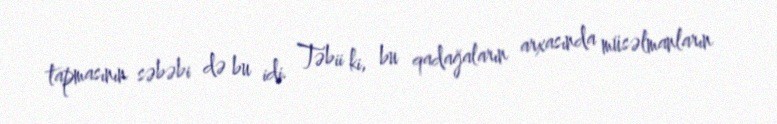
tapmasının səbəbi də bu idi. Təbii ki, bu qadağaların arxasında müsəlmanların